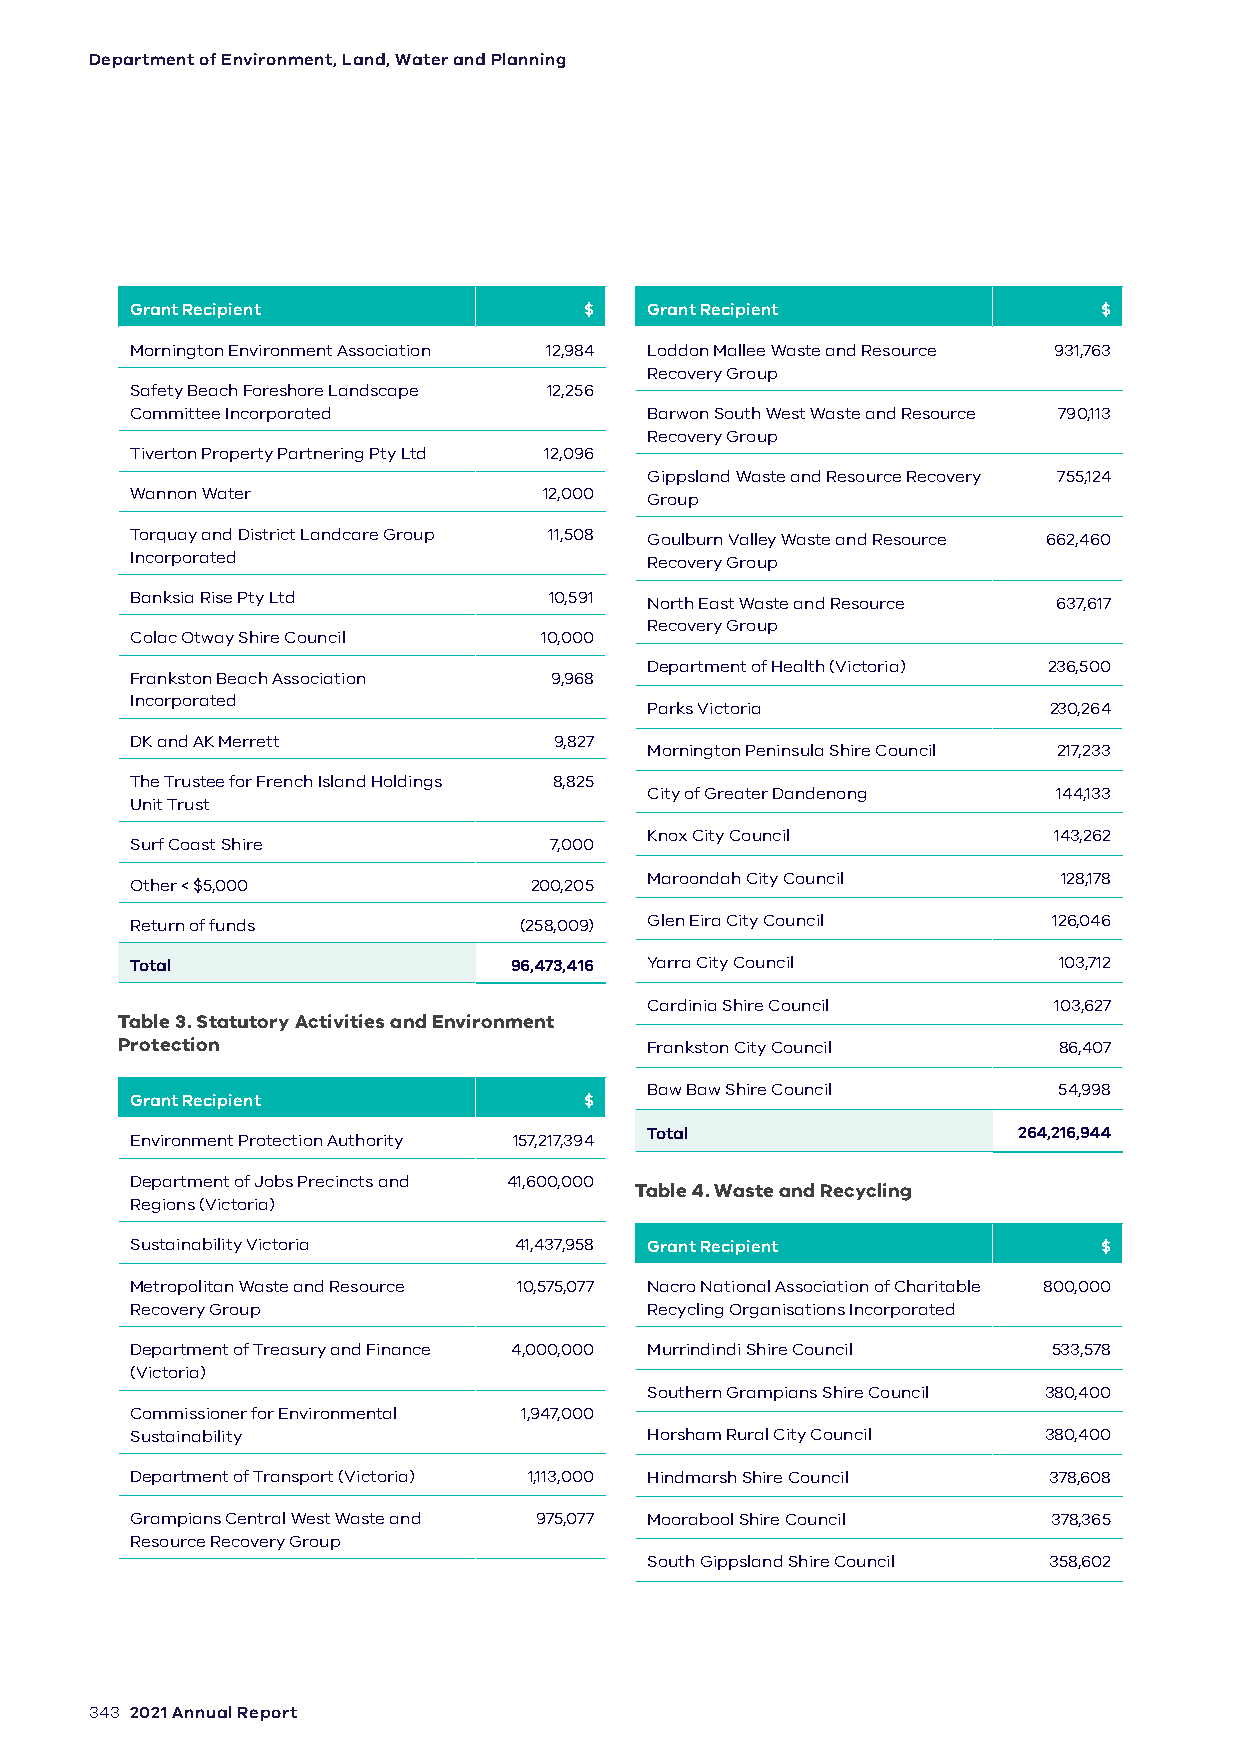
Department of Environment, Land, Water and Planning
 Grant Recipient               $   Grant Recipient               $
 Mornington Environment Association 12,984 Loddon Mallee Waste and Resource 931,763
 Recovery Group
 Safety Beach Foreshore Landscape 12,256
 Committee Incorporated            Barwon South West Waste and Resource 790,113
 Recovery Group
 Tiverton Property Partnering Pty Ltd 12,096
 Gippsland Waste and Resource Recovery 755,124
 Wannon Water               12,000 Group
 Torquay and District Landcare Group 11,508 Goulburn Valley Waste and Resource 662,460
 Incorporated                      Recovery Group
 Banksia Rise Pty Ltd       10,591 North East Waste and Resource 637,617
 Recovery Group
 Colac Otway Shire Council  10,000
 Department of Health (Victoria) 236,500
 Frankston Beach Association 9,968
 Incorporated
 Parks Victoria            230,264
 DK and AK Merrett           9,827
 Mornington Peninsula Shire Council 217,233
 The Trustee for French Island Holdings 8,825
 City of Greater Dandenong  144,133
 Unit Trust
 Knox City Council          143,262
 Surf Coast Shire           7,000
 Maroondah City Council     128,178
 Other < $5,000            200,205
 Return of funds          (258,009) Glen Eira City Council    126,046
 Total                    96,473,416 Yarra City Council       103,712
 Cardinia Shire Council     103,627
 Table 3. Statutory Activities and Environment
 Protection                         Frankston City Council     86,407
 Baw Baw Shire Council      54,998
 Grant Recipient               $
 Total                   264,216,944
 Environment Protection Authority 157,217,394
 Department of Jobs Precincts and 41,600,000
 Table 4. Waste and Recycling
 Regions (Victoria)
 Sustainability Victoria  41,437,958 Grant Recipient             $
 Metropolitan Waste and Resource 10,575,077 Nacro National Association of Charitable 800,000
 Recovery Group                    Recycling Organisations Incorporated
 Department of Treasury and Finance 4,000,000 Murrindindi Shire Council 533,578
 (Victoria)
 Southern Grampians Shire Council 380,400
 Commissioner for Environmental 1,947,000
 Sustainability                    Horsham Rural City Council 380,400
 Department of Transport (Victoria) 1,113,000 Hindmarsh Shire Council 378,608
 Grampians Central West Waste and 975,077 Moorabool Shire Council 378,365
 Resource Recovery Group
 South Gippsland Shire Council 358,602
 343 2021 Annual Report